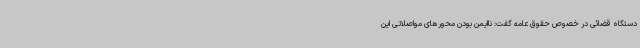
دستگاه قضائی در خصوص حقوق عامه گفت: ناایمن بودن محورهای مواصلاتی این